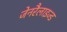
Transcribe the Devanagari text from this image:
जेनरैलाइज्ड